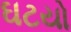
ઘટયો